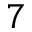
^ 7